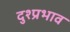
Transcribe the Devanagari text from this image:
दुश्प्रभाव